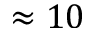
\approx 1 0